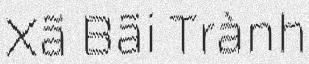
Xã Bãi Trành